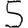
Digit: 5